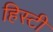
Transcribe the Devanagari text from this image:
हिस्टी